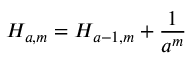
H _ { a , m } = H _ { a - 1 , m } + { \frac { 1 } { a ^ { m } } }